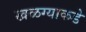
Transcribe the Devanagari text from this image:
खळग्याकडे